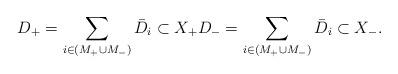
LaTeX: \begin{align*} D_+=\sum_{i\in (M_+\cup M_-)} \bar{D}_i\subset X_+ D_-=\sum_{i\in (M_+\cup M_-)} \bar{D}_i\subset X_-. \end{align*}